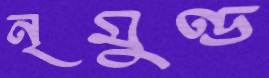
নৃমুণ্ড